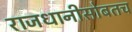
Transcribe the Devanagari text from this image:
राजधानीसोबतच